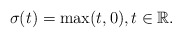
\begin{align*}\sigma(t)=\max(t,0), t\in \mathbb{R}.\end{align*}